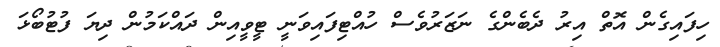
ހިފައިގެން އޮތް އިރު ދެބެންގެ ނަޒަރުވެސްް ހުއްޓިފައިވަނީ ޓީވީއިން ދައްކަމުން ދިޔަ ފުޓުބޯޅަ